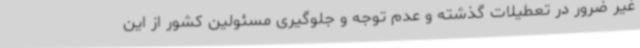
غیر ضرور در تعطیلات گذشته و عدم توجه و جلوگیری مسئولین کشور از این